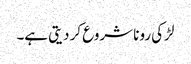
لڑکی رونا شروع کر دیتی ہے۔